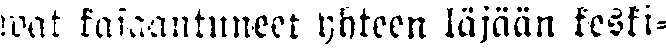
wat kasaantuneet yhteen läjään keski-